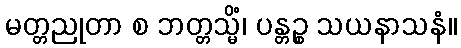
မတ္တညုတာ စ ဘတ္တသ္မိံ၊ ပန္တဉ္စ သယနာသနံ။